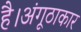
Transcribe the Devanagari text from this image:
है।अंगूठाकार